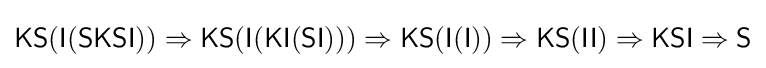
{\mathsf {KS(I(SKSI))}}\Rightarrow {\mathsf {KS(I(KI(SI)))}}\Rightarrow {\mathsf {KS(I(I))}}\Rightarrow {\mathsf {KS(II)}}\Rightarrow {\mathsf {KSI}}\Rightarrow {\mathsf {S}}